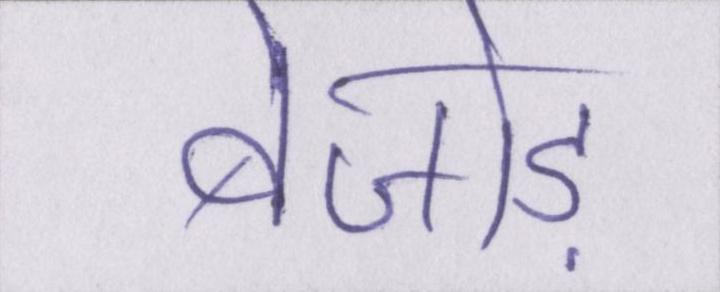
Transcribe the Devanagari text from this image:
बेजोड़